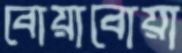
বোয়াবোয়া